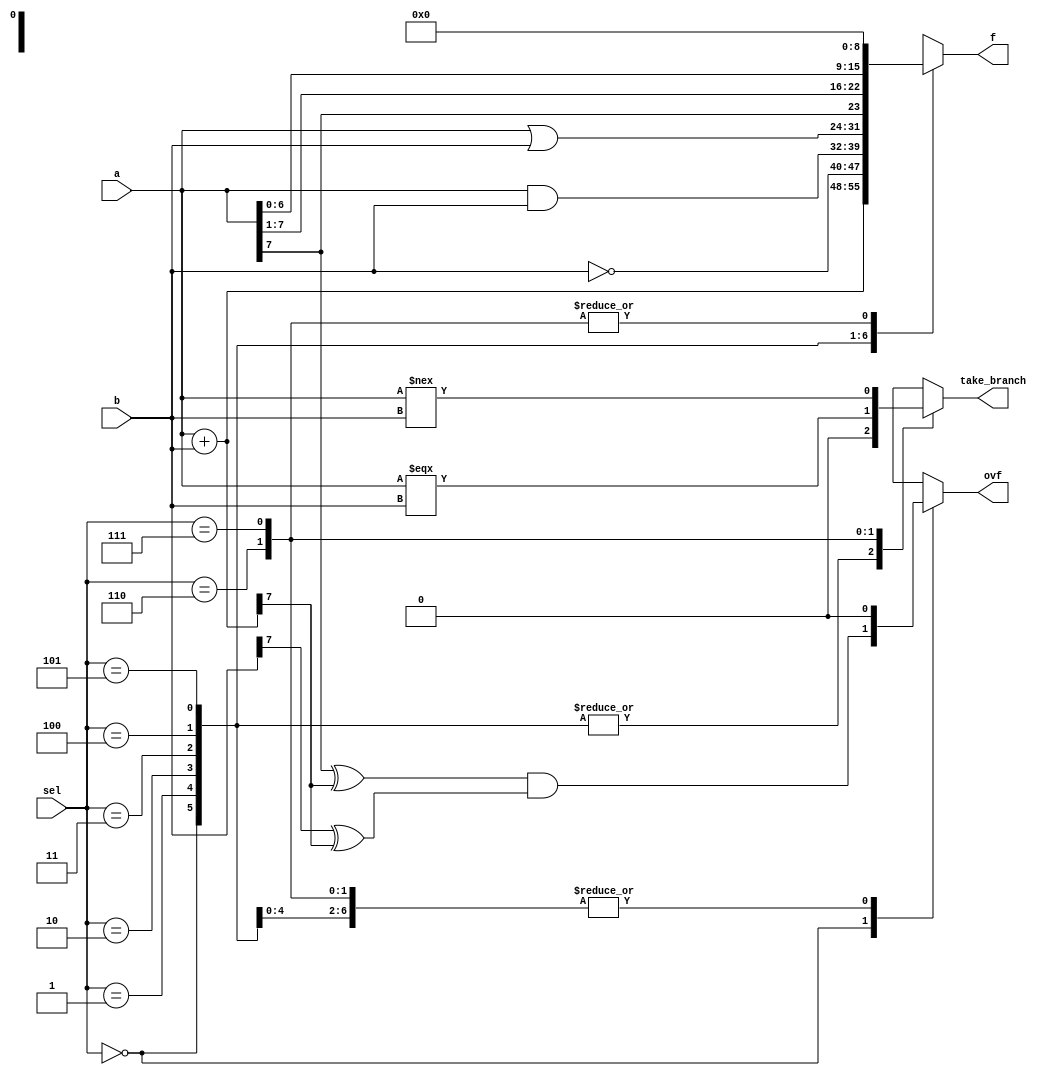
module eightbit_alu(input signed [7:0] a, input signed [7:0] b,
                    input [2:0] sel,
                    output reg signed [7:0] f,
                    output reg ovf, output reg take_branch);

    always @(a, b, sel)
        case (sel)
            0:  begin
                    {ovf, f} = a + b;
                    ovf = (a[7] ^ f[7]) & (b[7] ^ f[7]);
                    take_branch = 0;
                end
            1: {f, ovf, take_branch} = {~b, 2'b00};
            2: {f, ovf, take_branch} = {a & b, 2'b00};
            3: {f, ovf, take_branch} = {a | b, 2'b00};
            4: {f, ovf, take_branch} = {a >>> 1, 2'b00};
            5: {f, ovf, take_branch} = {a << 1, 2'b00};
            6: {f, ovf, take_branch} = {9'b000000000, a === b};
            7: {f, ovf, take_branch} = {9'b000000000, a !== b};
        endcase
endmodule

module eightbit_alu_tb;
    reg signed [7:0] a, b;
    reg [2:0] sel;

    wire signed [7:0] f;
    wire ovf, take_branch;

    eightbit_alu uut(
        .a(a),
        .b(b),
        .sel(sel),
        .f(f),
        .ovf(ovf),
        .take_branch(take_branch));

    initial begin
        $monitor("%d sel=%d, a=%d (%8b), b=%d (%8b) -> f=%d (%8b), ovf=%b, take_branch=%b", $time, sel, a, a, b, b, f, f, ovf, take_branch);

        #10 sel = 0;
            a   = 8'b00000001;
            b   = 8'b00000000;
        #10 a   = 8'b11010100;
            b   = 8'b10101010;
        #10 a   = 8'b00101011;
            b   = 8'b01010101;

        #10 sel = 1;
            a   = 8'b00000000;
            b   = 8'b00000000;
        #10 a   = 8'b01010101;
            b   = 8'b10101010;
        #10 a   = 8'b11111111;
            b   = 8'b11111111;

        #10 sel = 2;
            a   = 8'b00000000;
            b   = 8'b00000000;
        #10 a   = 8'b01010101;
            b   = 8'b10101010;
        #10 a   = 8'b11111111;
            b   = 8'b11111111;

        #10 sel = 3;
            a   = 8'b00000000;
            b   = 8'b00000000;
        #10 a   = 8'b01010101;
            b   = 8'b10101010;
        #10 a   = 8'b11111111;
            b   = 8'b11111111;

        #10 sel = 4;
            a   = 8'b00000000;
            b   = 8'b00000000;
        #10 a   = 8'b01010101;
            b   = 8'b10101010;
        #10 a   = 8'b11111111;
            b   = 8'b11111111;

        #10 sel = 5;
            a   = 8'b00000000;
            b   = 8'b00000000;
        #10 a   = 8'b01010101;
            b   = 8'b10101010;
        #10 a   = 8'b11111111;
            b   = 8'b11111111;

        #10 sel = 6;
            a   = 8'b00000000;
            b   = 8'b00000000;
        #10 a   = 8'b01010101;
            b   = 8'b10101010;
        #10 a   = 8'b11111111;
            b   = 8'b11111111;

        #10 sel = 7;
            a   = 8'b00000000;
            b   = 8'b00000000;
        #10 a   = 8'b01010101;
            b   = 8'b10101010;
        #10 a   = 8'b11111111;
            b   = 8'b11111111;

        #10 $finish;
    end
endmodule